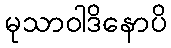
မုသာဝါဒိနောပိ